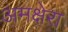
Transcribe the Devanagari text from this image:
अमक्षेरा